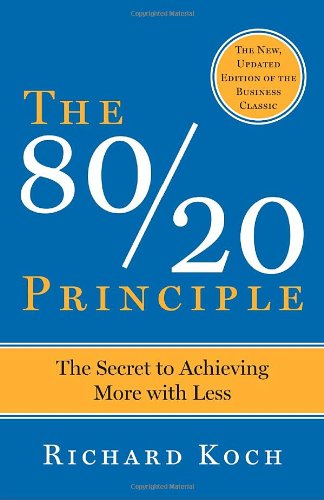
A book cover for The 80/20 Principle: The Secret to Achieving More with Less; Richard Koch; Self-Help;